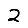
Digit: 2